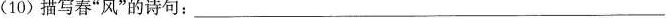
(10) 描写春”风”的诗句：___